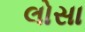
લોસા